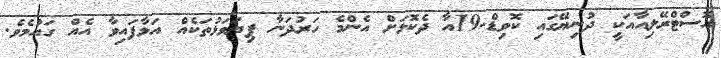
އޮސްޓްރޭލިއާއަކީ ދުނިޔޭގައި ކޮވިޑް-19އާ ދެކޮޅަށް އެންމެ ހަރުދަނާ ފިޔަވަޅުތަކެއް އަޅާފައިވާ އެއް ގައުމެވެ.